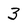
Character: 3